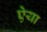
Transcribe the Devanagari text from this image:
ऐया